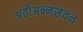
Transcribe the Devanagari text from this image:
अतीअन्नसेवन